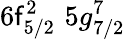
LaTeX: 6\mathsf{f}_{5/2}^{2}\, \, 5g_{7/2}^{7}